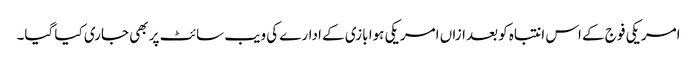
امریکی فوج کے اس انتباہ کو بعدازاں امریکی ہوا بازی کے ادارے کی ویب سائٹ پر بھی جاری کیا گیا۔